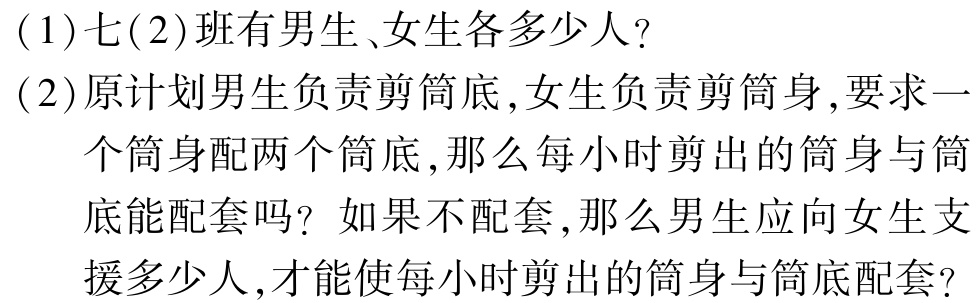
(1)七(2)班有男生、女生各多少人?

(2)原计划男生负责剪筒底,女生负责剪筒身,要求一

  个筒身配两个筒底,那么每小时剪出的筒身与筒

  底能配套吗？如果不配套,那么男生应向女生支

  援多少人,才能使每小时剪出的筒身与筒底配套?